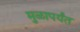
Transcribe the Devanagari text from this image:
मुळापर्यंत